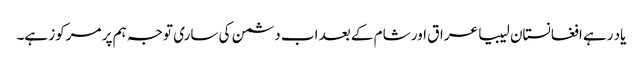
یاد رہے افغانستان لیبیا عراق اور شام کے بعد اب دشمن کی ساری توجہ ہم پر مرکوز ہے۔